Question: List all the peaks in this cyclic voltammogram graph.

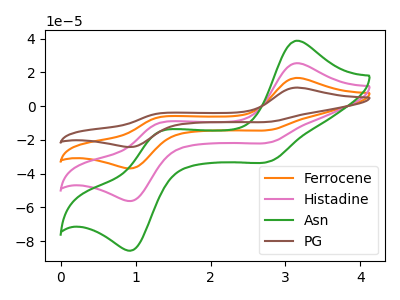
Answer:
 <answer>The orange curve "Ferrocene" has anodic peaks at (3.15V, 50.80uA) (1.30V, -20.65uA) and cathodic peaks at (2.80V, -42.85uA) (0.95V, -111.65uA). The pink curve "Histadine" has anodic peaks at (3.15V, 25.40uA) (1.30V, -10.30uA) and cathodic peaks at (2.80V, -21.45uA) (0.95V, -55.85uA). The green curve "Asn" has anodic peaks at (3.15V, 38.65uA) (1.30V, -15.70uA) and cathodic peaks at (2.80V, -32.65uA) (0.95V, -85.00uA). The brown curve "PG" has anodic peaks at (3.15V, 76.20uA) (1.30V, -30.95uA) and cathodic peaks at (2.80V, -64.30uA) (0.95V, -167.50uA).</answer>
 <eval></eval>